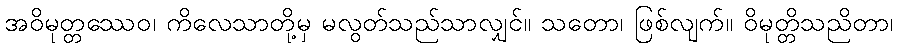
အဝိမုတ္တဿေဝ၊ ကိလေသာတို့မှ မလွတ်သည်သာလျှင်။ သတော၊ ဖြစ်လျက်။ ဝိမုတ္တိသညိတာ၊